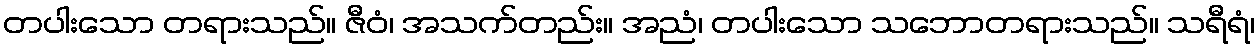
တပါးသော တရားသည်။ ဇီဝံ၊ အသက်တည်း။ အညံ၊ တပါးသော သဘောတရားသည်။ သရီရံ၊